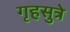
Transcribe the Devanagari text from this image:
गृहसुत्रे